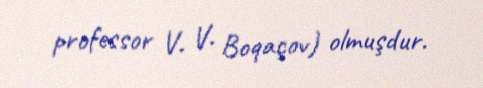
professor V. V. Boqaçov) olmuşdur.